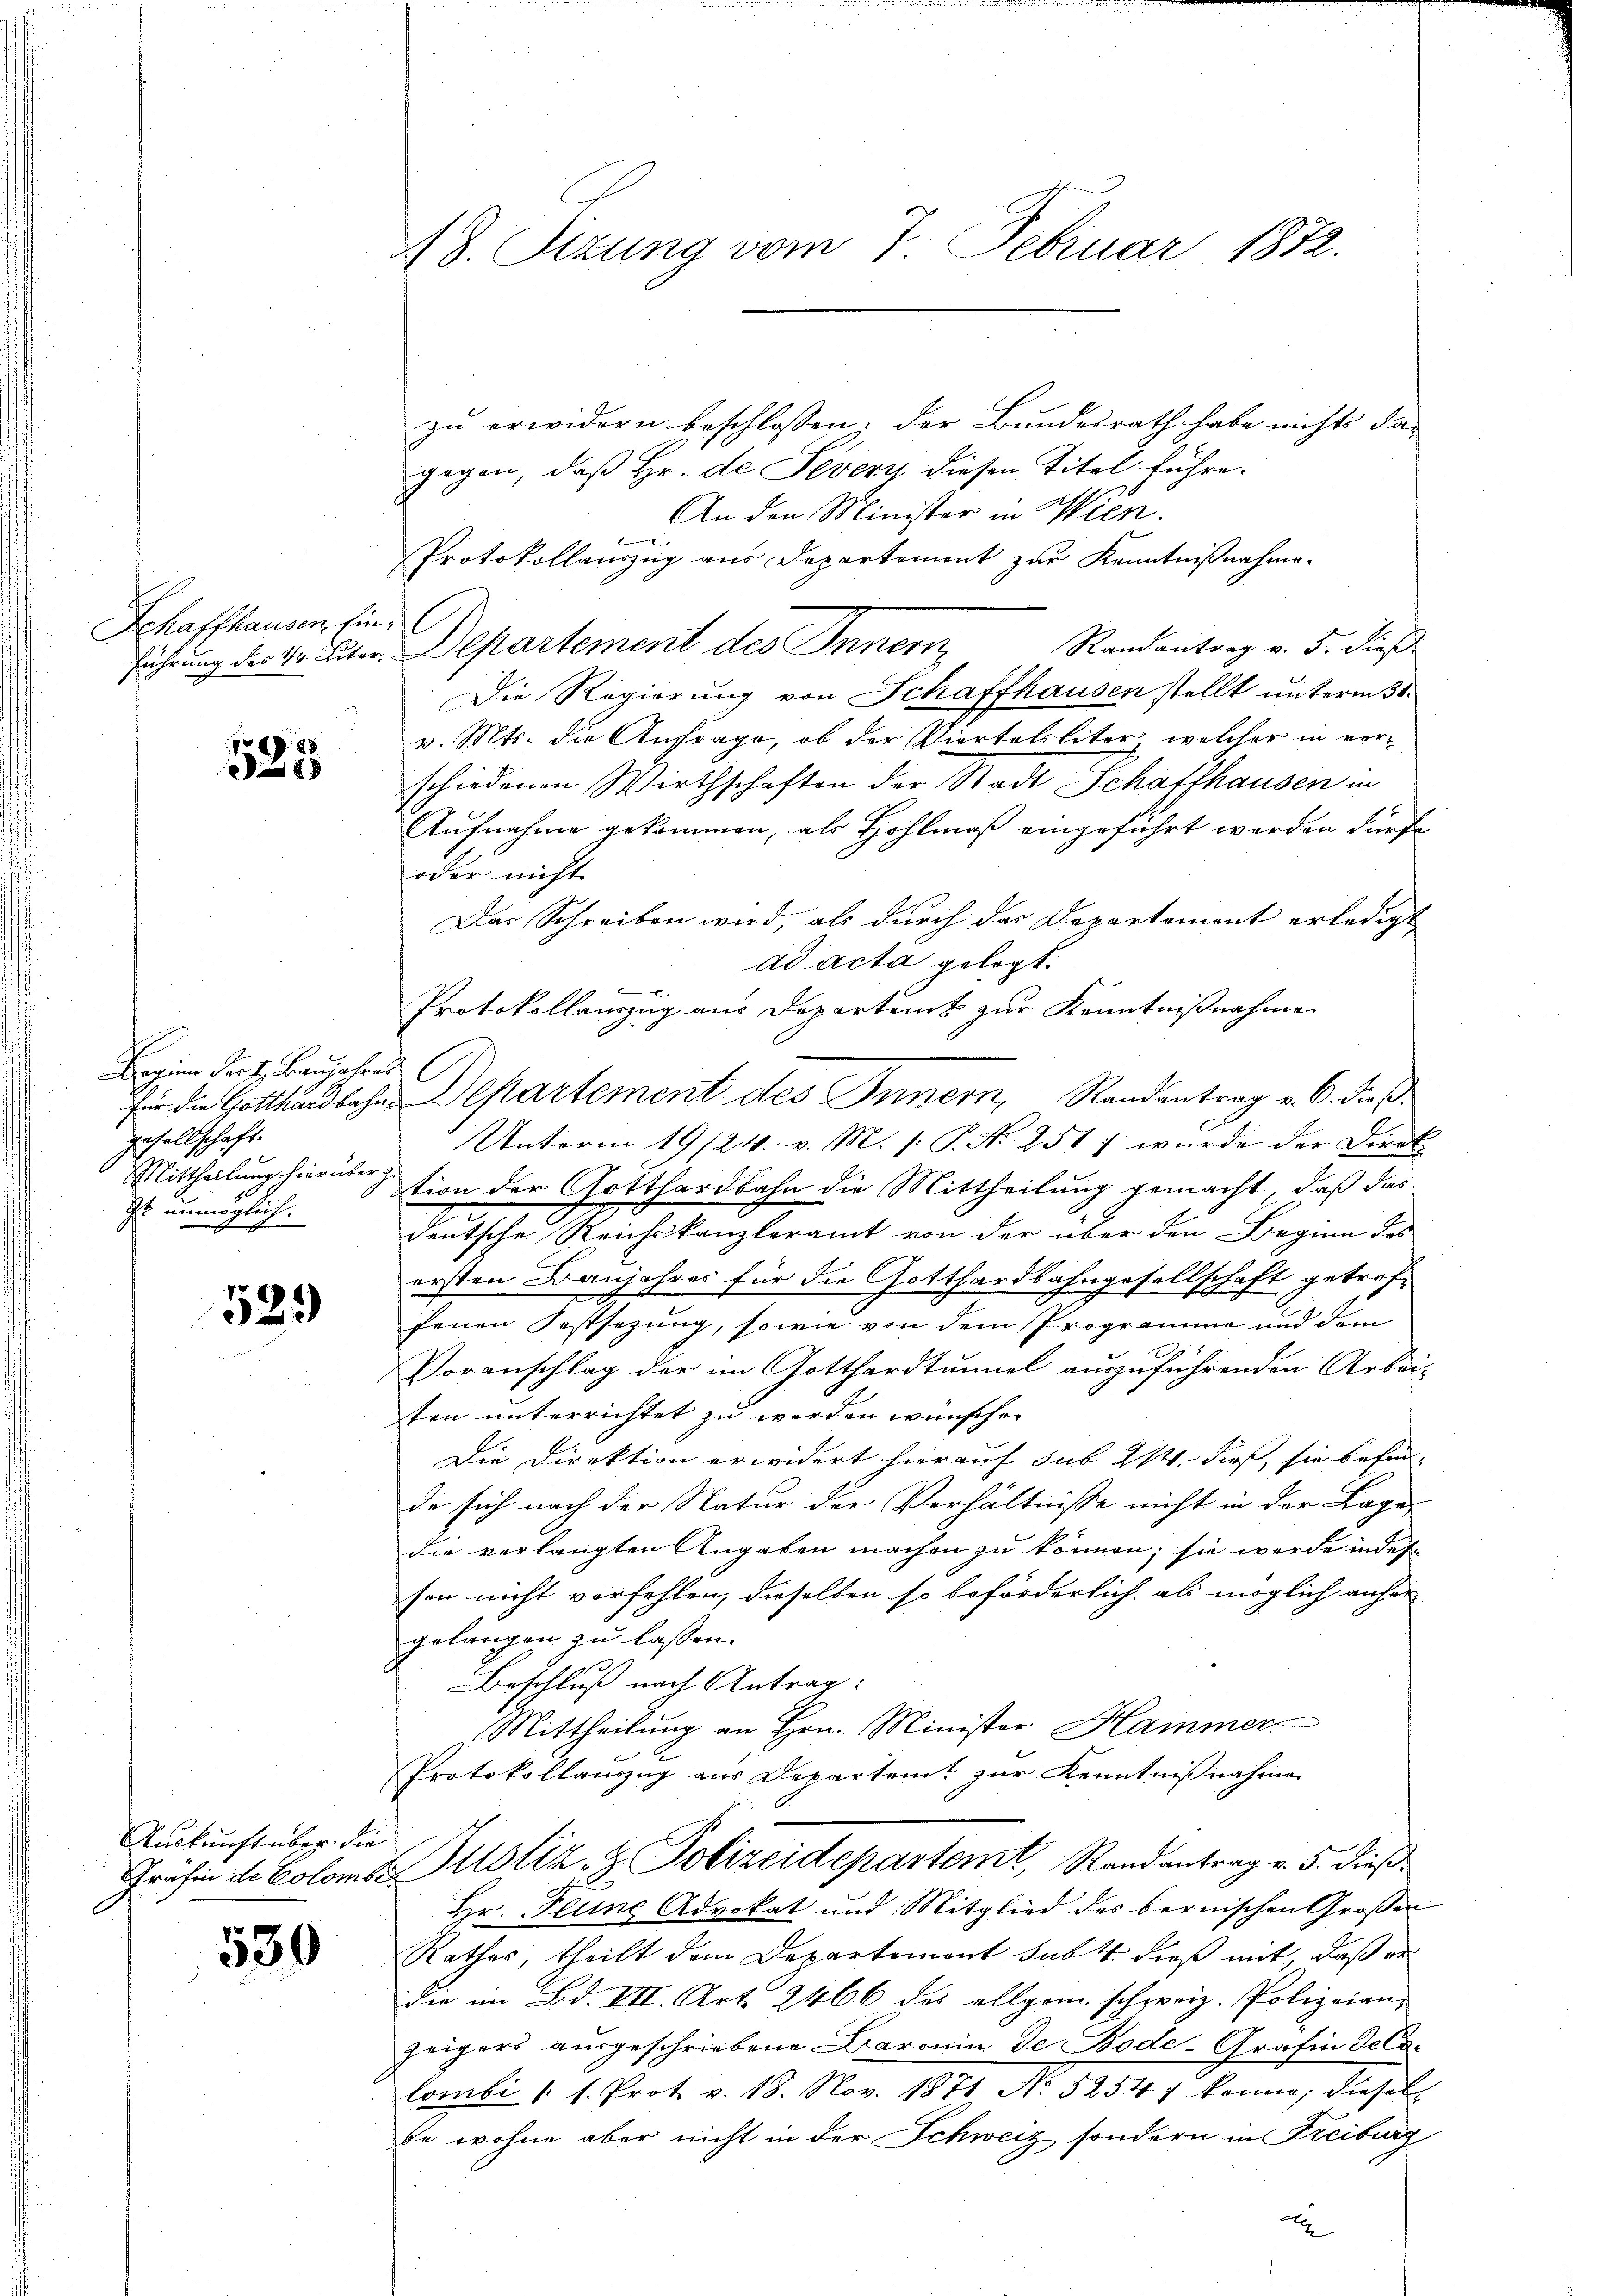
Schaffhausen, hinführung des 1 Eiter.

2
8

h
Beginn der H. Baŭjahres
für die Gotthardbahngesellschaft.
Mittheilung hierüber zu
G. unmöglich:

529

Auskunft über die
Grafin de Colombe

530

48. Sezung vom 7. Februar 1872.

zu erwidern beschlossen: der Bundesrath habe nichts da-
gegen, daß Hr. de Severi diesen Titel führe.
An den Minister in Wien.
Protokollauszug aus Departement zur Kenntnißnahme.
l
Randantrag v. 5. dieß
Departement des Innern,
Die Regierung von Schaffhausen stellt unterm 30.
v. Mts. die Anfrage, ob der Viertelsliter, welcher in vorschiedenen Wirthschaften der Stadt Schaffhausen in
Aufnahme gekommen, als Hohlmaß eingeführt werden dürfe
oder nicht
Das Schreiben wird, als durch das Departement erledigt
ad acta gelegt.
Protokollauszug aus Departeit zur Kenntnißnahme
A
Unterm 19/24. v. M. /: P. Nr. 251 wurde der Direk
tion der Gotthardbahn die Mittheilung gemacht, daß das
deutsche Reichskanzleramt von der über den Beginn des
ersten Banjahres für die Gotthardbahngesellschaft getroffenen Festsezung, sowie von dem Programme und dem
Voranschlag der im Gotthardtunnel auszuführenden Arbei-
ten unterrichtet zu werden wünsche.
Die Direktion erwidert hierauf sub 214. dieß, sie befin- |
de sich nach der Natur der Verhältnisse nicht in der Lage,
die verlangten Angaben machen zu können; sie werde indessen nicht verfehlen, dieselben so beförderlich als möglich anher
gelangen zu lassen.
Beschluß nach Antrag:
Mittheilung an Hrn. Minister Hammer
Protokollanzug aus Departent zur Kenntnißnahme
Justiz- & Polizeidepartemt, Randantrag v. 5. dieß
Hr. Pline Advokat und Mitglied des bernischen Großen
Rathes, theilt dem Departement sub. 4 dieß mit, daß er
die im Bd. VII. Art. 2466 des allgem. schweiz. Polizeian-
zeigers ausgeschriebene Baronin de Bode-Grafin Gelelombi (s. Prot. v. 18. Nov. 1871 No 5254 7 könne; diesel
be wohne aber nicht in der Schweiz sondern in Freiburg

Departement des Innern, Randantrag v. 6. dieß.